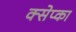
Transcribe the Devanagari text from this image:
क्सेप्का